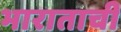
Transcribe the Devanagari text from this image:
भाराताची